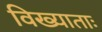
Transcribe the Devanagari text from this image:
विख्याताः